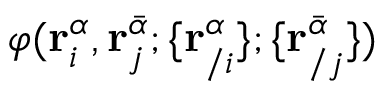
\varphi ( \mathbf { r } _ { i } ^ { \alpha } , \mathbf { r } _ { j } ^ { \bar { \alpha } } ; \{ \mathbf { r } _ { / i } ^ { \alpha } \} ; \{ \mathbf { r } _ { / j } ^ { \bar { \alpha } } \} )